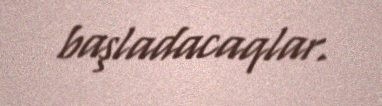
başladacaqlar.